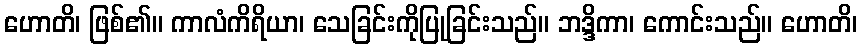
ဟောတိ၊ ဖြစ်၏။ ကာလံကိရိယာ၊ သေခြင်းကိုပြုခြင်းသည်။ ဘဒ္ဒိကာ၊ ကောင်းသည်။ ဟောတိ၊